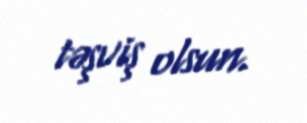
təşviş olsun.